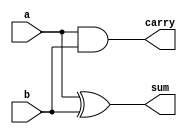
module half_adder(input a,
                  input b,
                  output sum,
                  output carry);
  xor sum1(sum,a,b);
  and carry1(carry,a,b);
endmodule